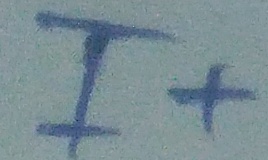
Text: I+